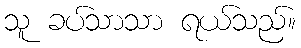
သူ ခပ်သာသာ ရယ်သည်။